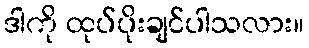
ဒါကို ထုပ်ပိုးချင်ပါသလား။